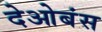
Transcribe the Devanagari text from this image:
देओबंस